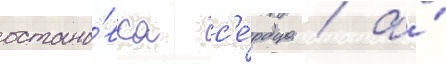
остано́вка с'е́рдца / а́